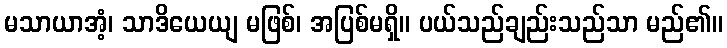
မသာယာအံ့၊ သာဒိယေယျ မဖြစ်၊ အပြစ်မရှိ။ ပယ်သည်ချည်းသည်သာ မည်၏။